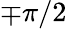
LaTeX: \mp\pi/2